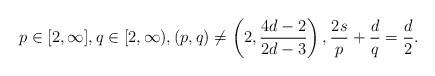
LaTeX: \begin{align*}p \in [2,\infty], q \in [2,\infty), (p,q) \ne \left(2,\frac{4d-2}{2d-3}\right), \frac{2s}{p} +\frac{d}{q} = \frac{d}{2}. \end{align*}